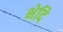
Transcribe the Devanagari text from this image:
भेदि